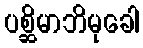
ပစ္ဆိမာဘိမုခေါ